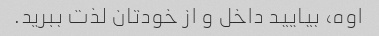
اوه، بیایید داخل و از خودتان لذت ببرید.